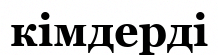
кімдерді